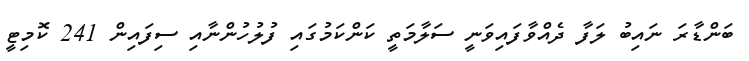
ބަންޑާރަ ނައިބު ލަފާ ދެއްވާފައިވަނީ ސަލާމަތީ ކަންކަމުގައި ފުލުހުންނާއި ސިފައިން 241 ކޮމިޓީ